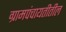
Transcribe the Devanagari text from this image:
ग्रामपंचायतीतील